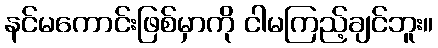
နင်မကောင်းဖြစ်မှာကို ငါမကြည့်ချင်ဘူး။